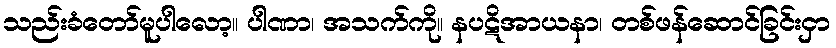
သည်းခံတော်မူပါလော့။ ပါဏာ၊ အသက်ကို။ နပဋိအာယနာ၊ တစ်ဖန်ဆောင်ခြင်းငှာ